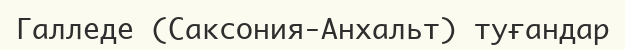
Галледе (Саксония-Анхальт) туғандар